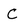
Character: C